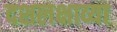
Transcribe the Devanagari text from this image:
दशलक्षाव्या